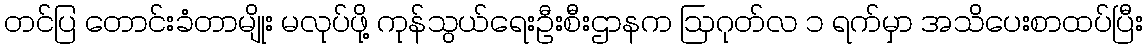
တင်ပြ တောင်းခံတာမျိုး မလုပ်ဖို့ ကုန်သွယ်ရေးဦးစီးဌာနက ဩဂုတ်လ ၁ ရက်မှာ အသိပေးစာထပ်ပြီး